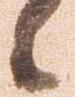
候